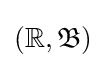
\left(\mathbb {R} ,{\mathfrak {B}}\right)